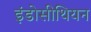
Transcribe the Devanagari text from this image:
इंडोसीथियन